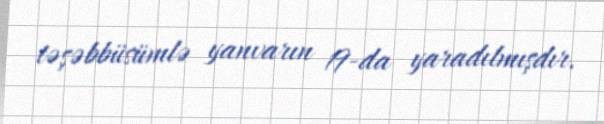
təşəbbüsümlə yanvarın 19-da yaradılmışdır.